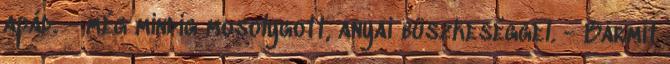
apád. - még mindig mosolygott, anyai büszkeséggel. - Bármit